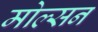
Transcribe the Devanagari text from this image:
मोल्सन